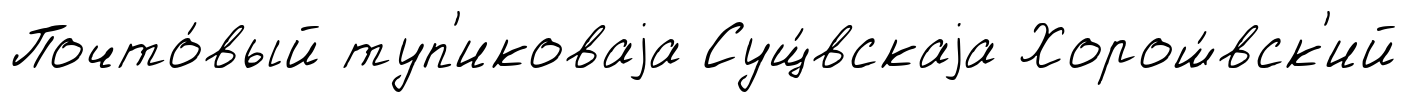
Почто́вый туп'иковаjа Сущ́вскаjа Хорош́вск'ий